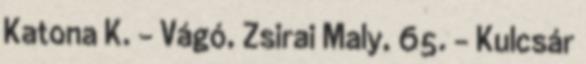
Katona K. – Vágó, Zsirai Maly, 65. – Kulcsár